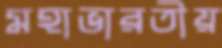
মহাভারতীয়